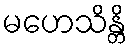
မဟေသိန္တိ